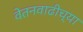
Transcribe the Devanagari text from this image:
वेतनवाढीच्या